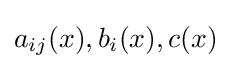
a_{ij}(x),b_{i}(x),c(x)